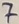
Text: 7